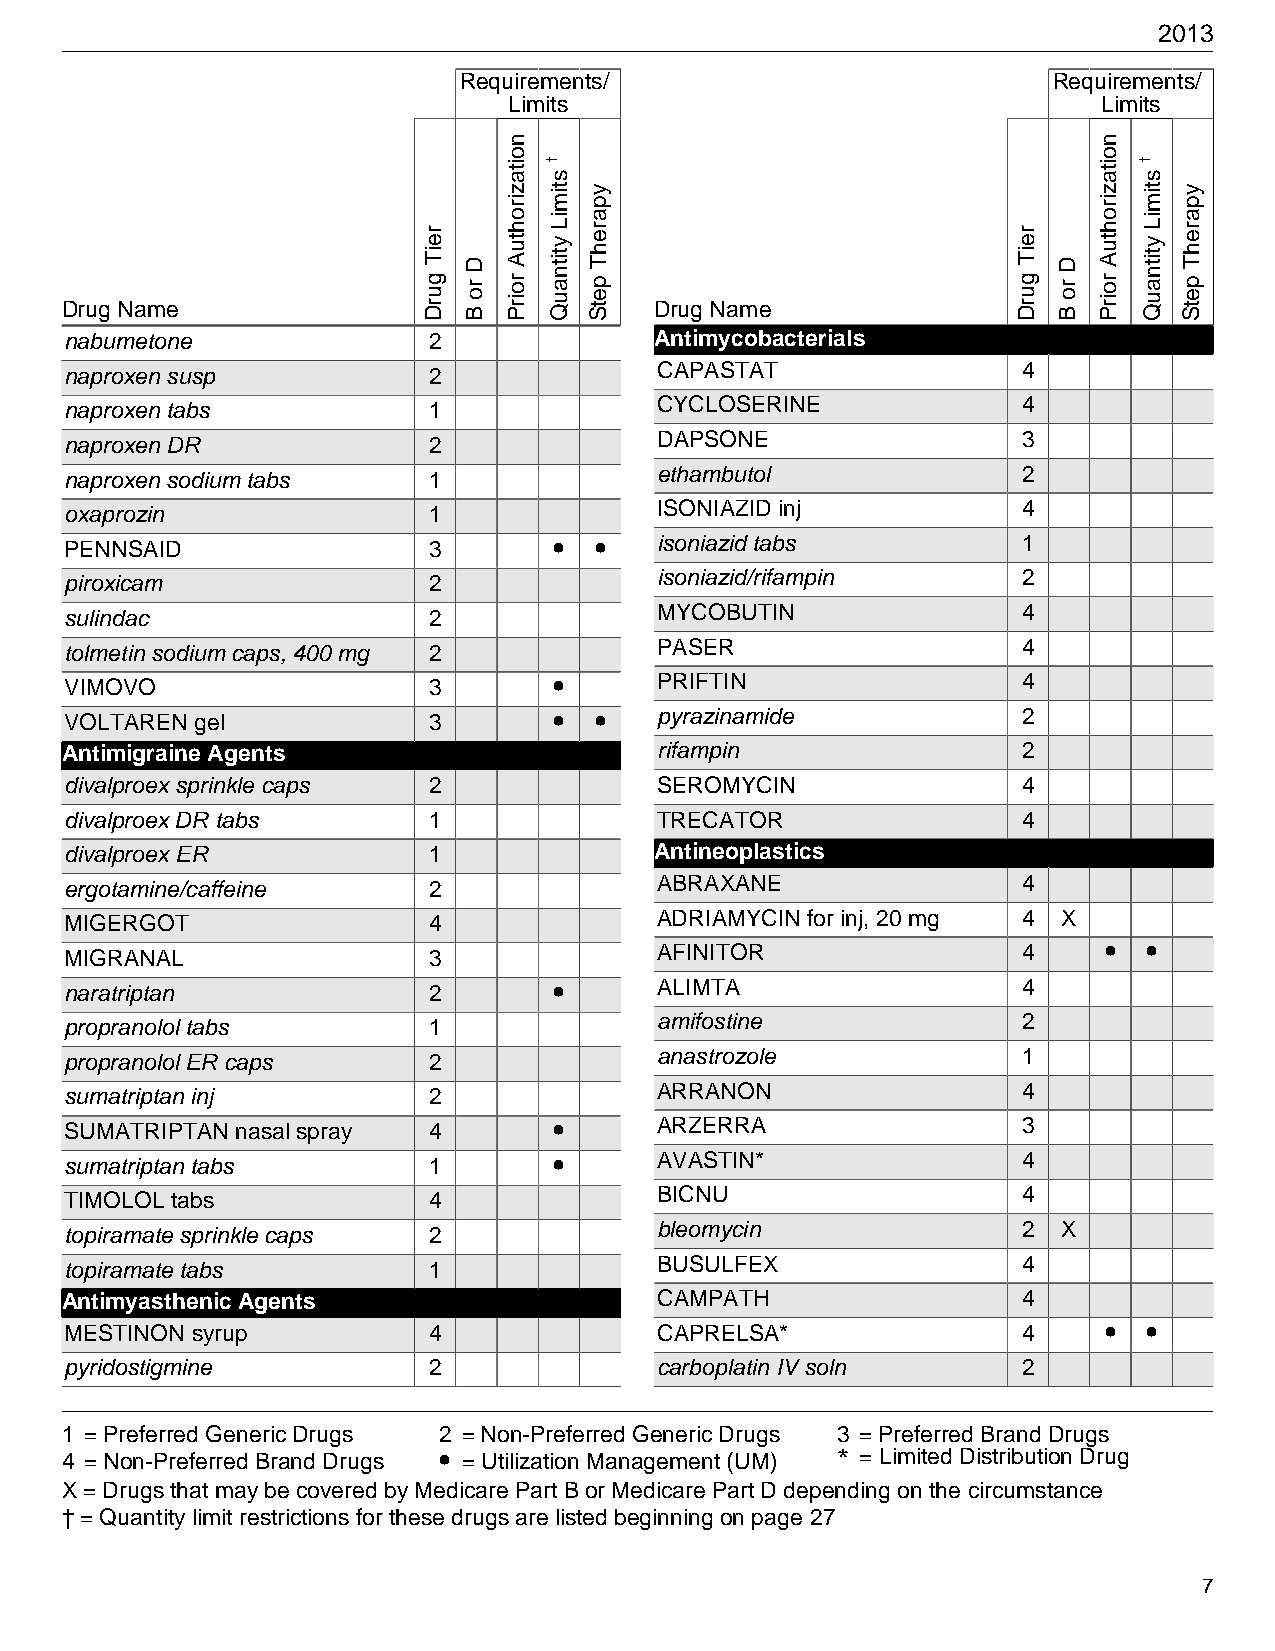
2013
 Requirements/                           Requirements/
 Limits                                 Limits
 Drug Name                              Drug Name
 nabumetone              2              Antimycobacterials
 naproxen susp           2               CAPASTAT                4
 naproxen tabs           1               CYCLOSERINE             4
 naproxen DR             2               DAPSONE                 3
 naproxen sodium tabs    1               ethambutol              2
 oxaprozin               1               ISONIAZID inj           4
 PENNSAID                3        • •    isoniazid tabs          1
 piroxicam               2               isoniazid/rifampin      2
 sulindac                2               MYCOBUTIN               4
 tolmetin sodium caps, 400 mg 2          PASER                   4
 VIMOVO                  3        •      PRIFTIN                 4
 VOLTAREN gel            3        • •    pyrazinamide            2
 Antimigraine Agents                     rifampin                2
 divalproex sprinkle caps 2              SEROMYCIN               4
 divalproex DR tabs      1               TRECATOR                4
 divalproex ER           1              Antineoplastics
 ergotamine/caffeine     2               ABRAXANE                4
 MIGERGOT                4               ADRIAMYCIN for inj, 20 mg 4 X
 MIGRANAL                3               AFINITOR                4    •  •
 naratriptan             2        •      ALIMTA                  4
 propranolol tabs        1               amifostine              2
 propranolol ER caps     2               anastrozole             1
 sumatriptan inj         2               ARRANON                 4
 SUMATRIPTAN nasal spray 4        •      ARZERRA                 3
 sumatriptan tabs        1        •      AVASTIN*                4
 TIMOLOL tabs            4               BICNU                   4
 topiramate sprinkle caps 2              bleomycin               2 X
 topiramate tabs         1               BUSULFEX                4
 Antimyasthenic Agents                   CAMPATH                 4
 MESTINON syrup          4               CAPRELSA*               4    •  •
 pyridostigmine          2               carboplatin IV soln     2
 1 = Preferred Generic Drugs 2 = Non-Preferred Generic Drugs 3 = Preferred Brand Drugs
 4 = Non-Preferred Brand Drugs • = Utilization Management (UM) * = Limited Distribution Drug
 X = Drugs that may be covered by Medicare Part B or Medicare Part D depending on the circumstance
 † = Quantity limit restrictions for these drugs are listed beginning on page 27
 7
 reiT
 gurD
 D
 ro
 B
 noitazirohtuA
 roirP
 †
 stimiL
 ytitnauQ
 yparehT
 petS
 reiT
 gurD
 D
 ro
 B
 noitazirohtuA
 roirP
 †
 stimiL
 ytitnauQ
 yparehT
 petS